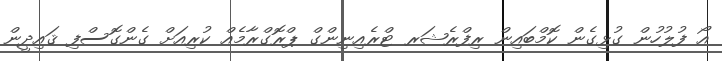
އޯ ފުލުހުން ގުޅިގެން ކޮމްބައިން ރިފްރެޝަރ ޓްރެއިނިންގް ޕްރޮގްރާމެއް ކުރިއަށް ގެންގޮސްފި ޤައިދީން